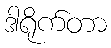
ဒါရိုက်တာ